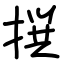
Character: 撰